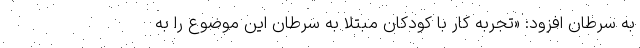
به سرطان افزود: «تجربه کار با کودکان مبتلا به سرطان این موضوع را به